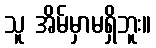
သူ အိမ်မှာမရှိဘူး။